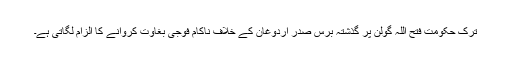
ترک حکومت فتح اللہ گولن پر گذشتہ برس صدر اردوغان کے خلاف ناکام فوجی بغاوت کروانے کا الزام لگاتی ہے۔